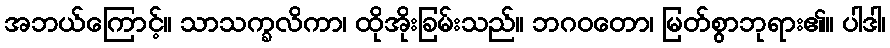
အဘယ်ကြောင့်။ သာသက္ခလိကာ၊ ထိုအိုးခြမ်းသည်။ ဘဂဝတော၊ မြတ်စွာဘုရား၏။ ပါဒါ၊